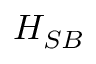
{ { H } _ { S B } }